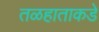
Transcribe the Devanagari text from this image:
तळहाताकडे